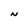
Character: N